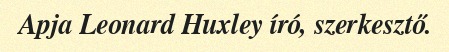
Apja Leonard Huxley író, szerkesztő.